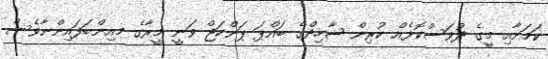
ކަމަށާއި މީގެ ދުވަސްކޮޅެއް ކުރިން ޝާހިދްގެ ބައްޕަ ޕަންކަޖް ވަނީ މީރާގެ މއިންބަފައިންނާވެސް